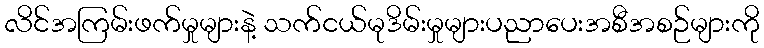
လိင်အကြမ်းဖက်မှုများနဲ့ သက်ငယ်မုဒိမ်းမှုများပညာပေးအစီအစဉ်များကို